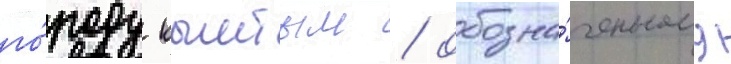
го́роду кыштым / обозна́ченному